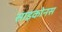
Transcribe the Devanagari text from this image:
साइकोनस